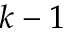
k - 1